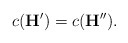
\begin{align*} c(\mathbf{H}')=c(\mathbf{H}''). \end{align*}